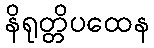
နိရုတ္တိပထေန